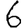
Digit: 6